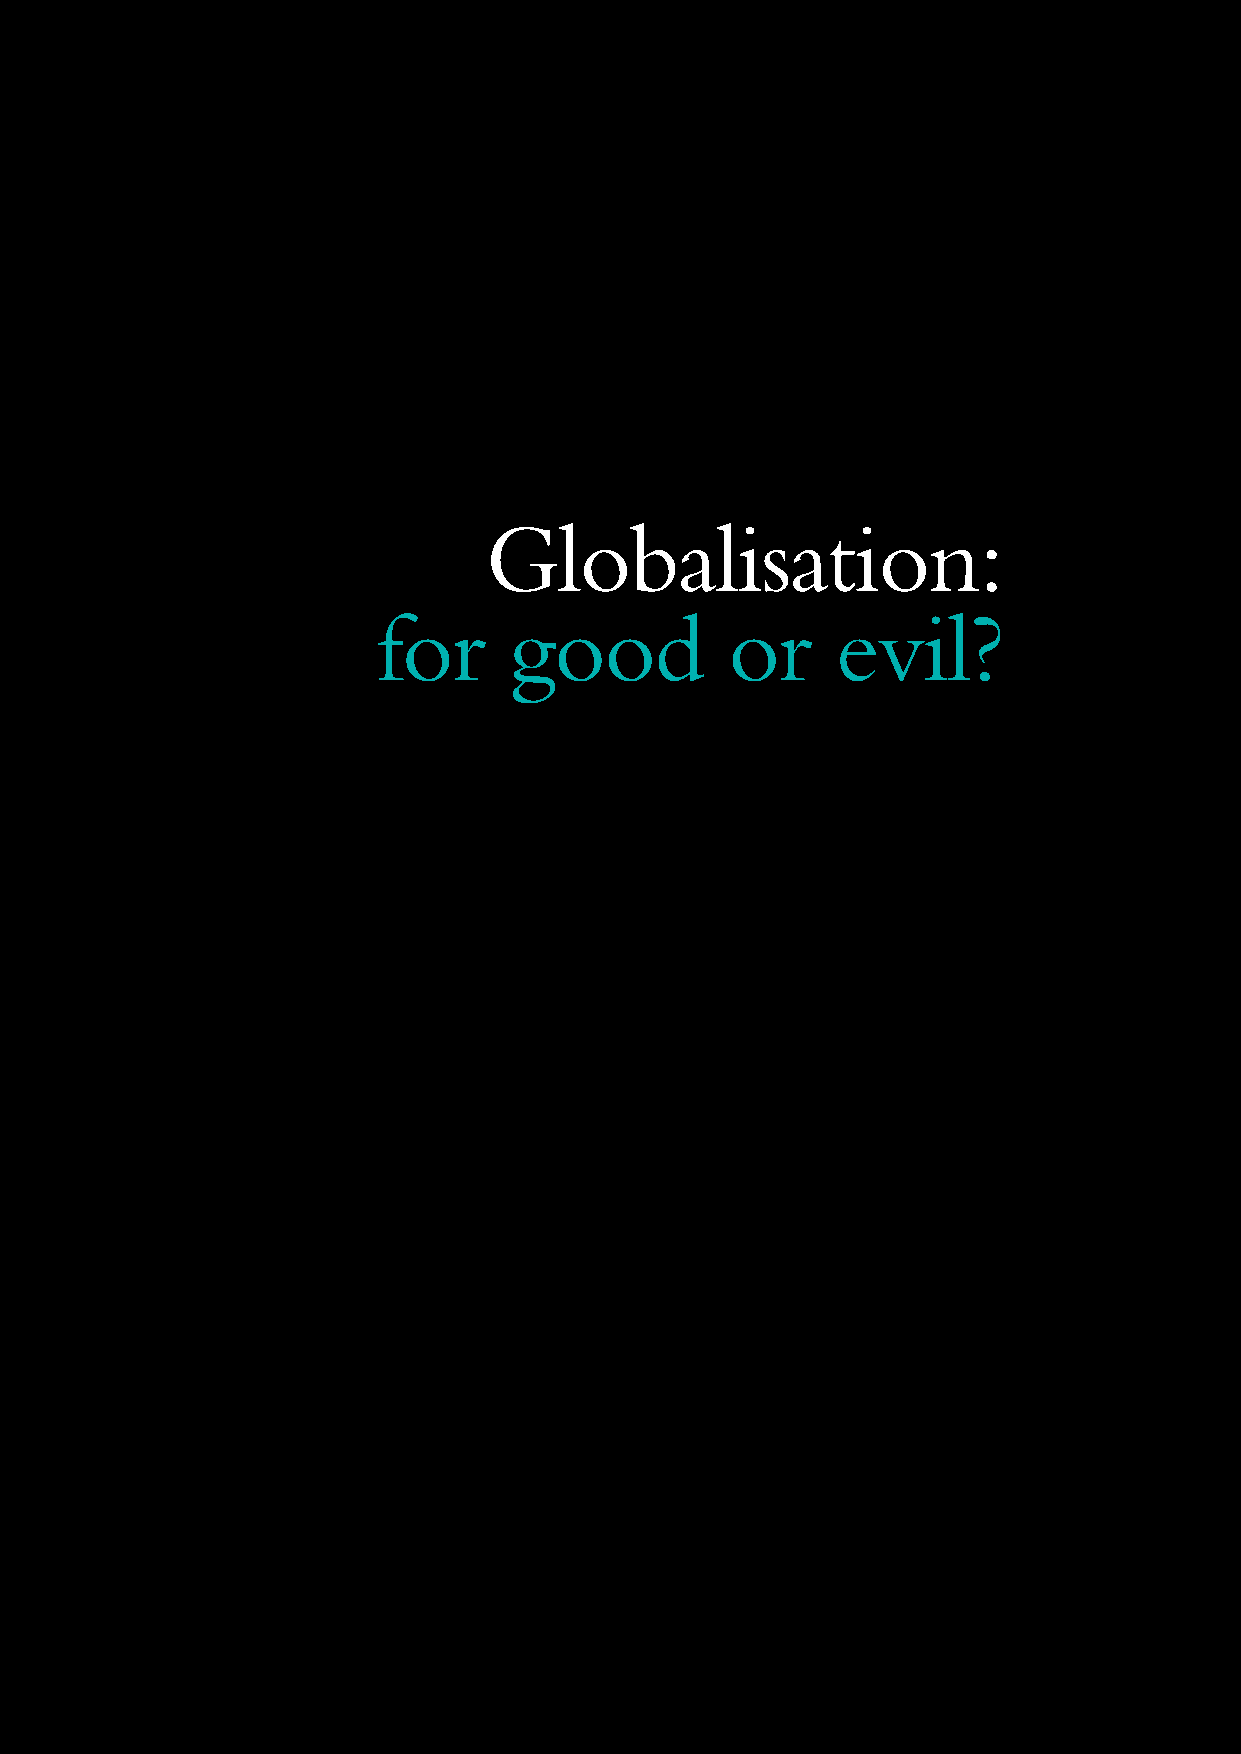
26 Ipsos Global @dvisor March 2009
 Globalisation:
 for      good          or     evil?